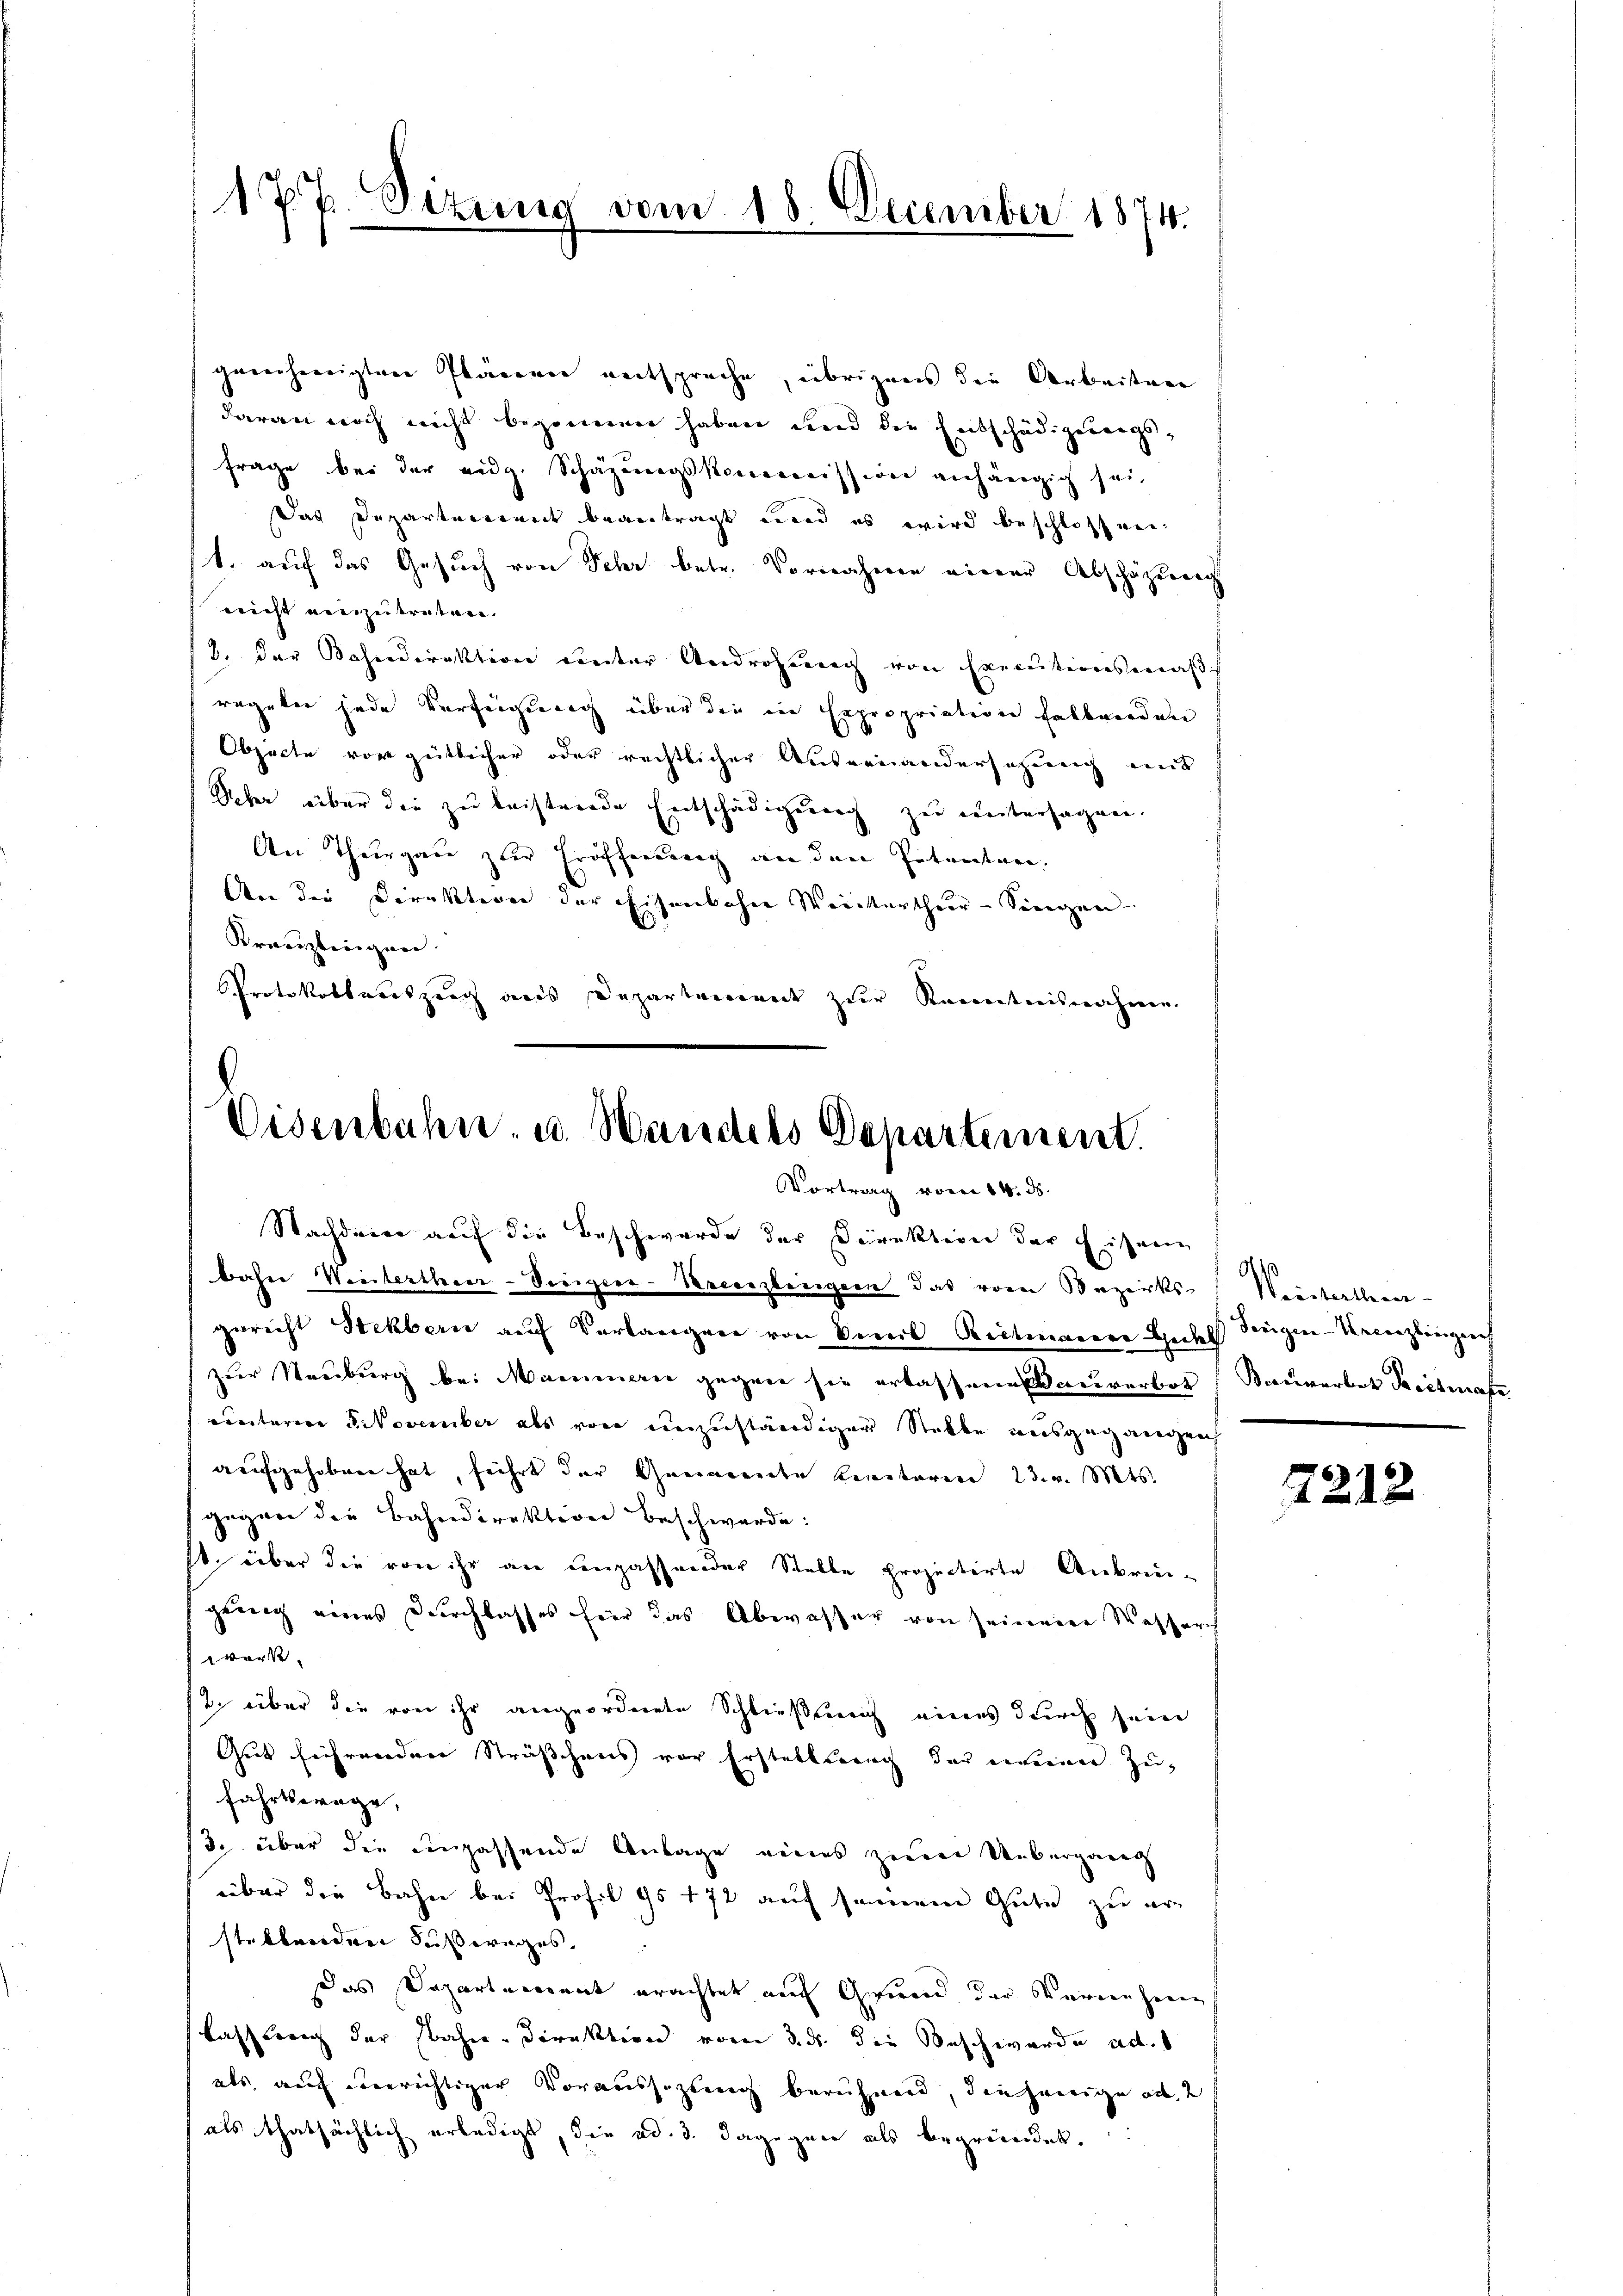
177. Sizung vom 18. December 1874.

genehmigten Plänenen entspreche, übrigens die Arbeitung
daran noch nicht begonnen haben und die Entschädigungsfrage bei der eidg. Schazungskommission anhängig sei,
Das Departement beantragt und es wird beschlossen¬
1. auf das Gesuch von Sehr betr. Vornahme einer Abschazung
nricht einzutreten.
3. der Bahndirektion unter Androhung von Executionsmass
regeln jede Verfügung über die in Expropriation fallrieden
Objecte vor gütlicher oder rechtlicher Ausreinandersehung mit
Ueber über die zu leistreide Entschädigung zu untersagen.
An Thurgau zur Eröffnung an den Petenten.
An die Direktion der Eisenbahn Weichterthur–Singen
Kränzlingen.
Protokollauszeug aus Departenannt zur Kenntnisnahmen.

Eisenbahn. u. Handels Departement.
Vortrag vom 14. ds.

Nachdem auf die Beschwerde der Direktion der Eisen
bahre Weistertheer-Vorigier-Kreuzlingern das vom Bezirks- Weisterthane
gericht Stekbern auch Verlangere von Senil Reitmarere Gedes Seegen-Krenzlingen
zur Neuburg bei Mammern gegen sie erlassene Bauverbot
uunterere Pikovember als von unzuständiger Stelle ausgegangen
aaufgehoben hat, führt der Greiarrecte Keritoren 23. v. Mts.
gegen die Bahndirektion beschwerde:
st über die von ihr an einzahlender Stelle projectirte Anbrin-
gung eines Durchlasses hier das Abwasser von seinene Wasserch
verst
2. über die von ihr angeordnete Schließung eines durch seine
Gut führendene Sträßchens vor Erstellung der einenen Zufahrtsträge,
3. über die unzahlende Anlage eines zur Uebergang
über die Bahn bei Profil 95 172 auf seinem Gute zu erstellenden Fußweges.
das Departement erachtet auf Grund der Vernehmen
Lasserung der Bahn-Direktion vom 3. ds. die Beschwerde ad.
als auf verrichtiger Voraussizung berühmen, diejenige ode
als thatsächlich erledigt, die ad. d. dagegen als begründet.

)
Kouverbet Breitmase

7212